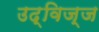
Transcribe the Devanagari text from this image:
उद्विज्ज